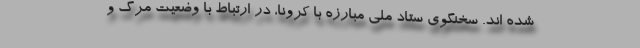
شده اند. سخنگوی ستاد ملی مبارزه با کرونا، در ارتباط با وضعیت مرگ و